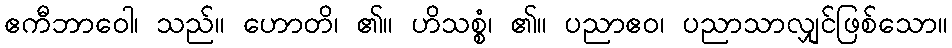
ဧကီဘာဝေါ၊ သည်။ ဟောတိ၊ ၏။ ဟိသစ္စံ၊ ၏။ ပညာဧဝ၊ ပညာသာလျှင်ဖြစ်သော။